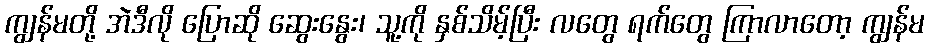
ကျွန်မတို့ အဲဒီလို ပြောဆို ဆွေးနွေး၊ သူ့ကို နှစ်သိမ့်ပြီး လတွေ ရက်တွေ ကြာလာတော့ ကျွန်မ